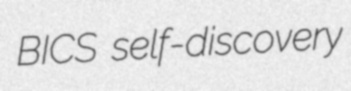
BICS self-discovery